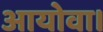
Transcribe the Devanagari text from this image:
आयोवा।